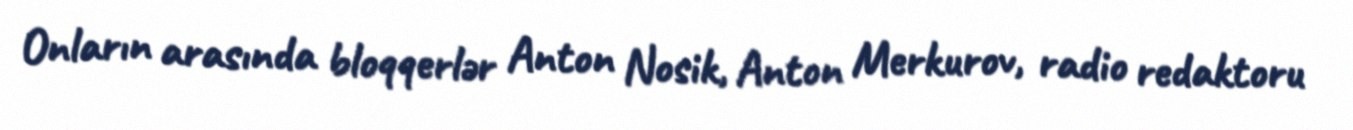
Onların arasında bloqqerlər Anton Nosik, Anton Merkurov, radio redaktoru